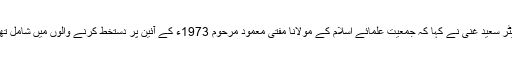
سینیٹر سعید غنی نے کہا کہ جمعیت علمائے اسلام کے مولانا مفتی معمود مرحوم 1973ء کے آئین پر دستخط کرنے والوں میں شامل تھے ۔